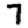
Digit: 7